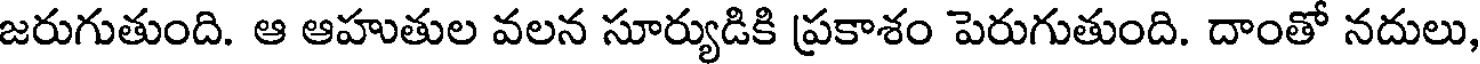
జరుగుతుంది. ఆ ఆహుతుల వలన సూర్యుడికి ప్రకాశం పెరుగుతుంది. దాంతో నదులు,